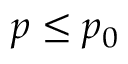
p \le p _ { 0 }